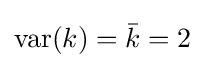
\operatorname {var} (k)={\bar {k}}=2